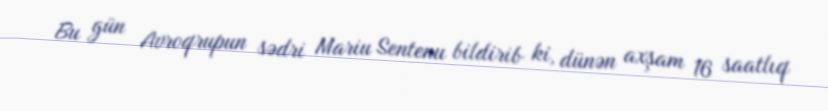
Bu gün Avroqrupun sədri Mariu Sentenu bildirib ki, dünən axşam 16 saatlıq